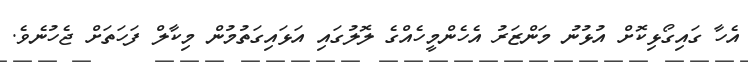
އެހާ ގައިގޯޅިކޮށް އުޅުނު މަންޒަރު އެހެންމީހެއްގެ ލޮލުގައި އަޅައިގަތުމުން މިކާލް ފަހަތަށް ޖެހުނެވެ.